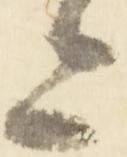
上